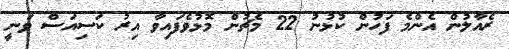
ރެއާލުން އެންމެ ފަހުން ކުޅުނު 22 މެޗުން މޮޅުވެފައިވާ އިރު ކަސިއަސް ވަނީ